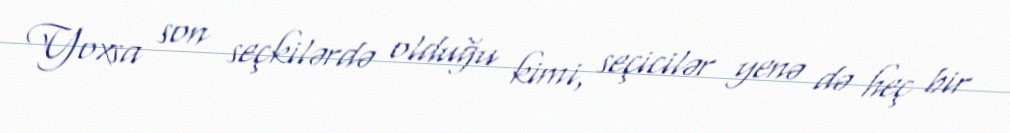
Yoxsa son seçkilərdə olduğu kimi, seçicilər yenə də heç bir